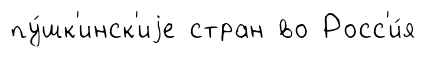
пу́шк'инск'иjе стран во Росс'и́я